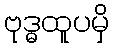
ဗုဒ္ဓထူပမှိ